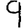
Digit: 9